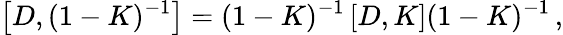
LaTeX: \left[D,(1-K)^{-1}\right]=(1-K)^{-1}\left[D,K\right](1-K)^{-1}\, ,